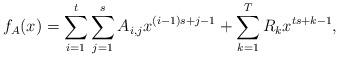
LaTeX: \begin{align*} f_A(x) = \sum_{i=1}^t\sum_{j=1}^s A_{i,j}x^{(i-1)s+j-1} + \sum_{k=1}^{T} R_kx^{ts+k-1}, \end{align*}